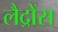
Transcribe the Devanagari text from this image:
लैद्रोंस